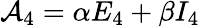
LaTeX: {\cal A}_{4}=\alpha E_{4}+\beta I_{4}